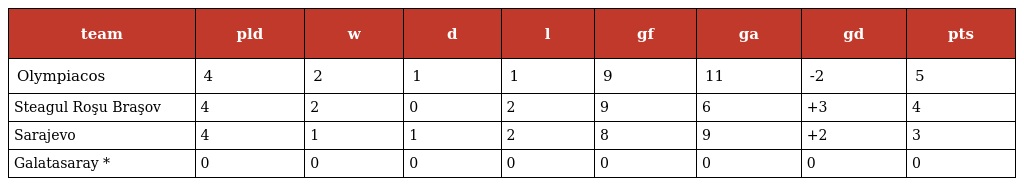
| team | pld | w | d | l | gf | ga | gd | pts |
 | --- | --- | --- | --- | --- | --- | --- | --- | --- |
 | Olympiacos | 4 | 2 | 1 | 1 | 9 | 11 | -2 | 5 |
 | Steagul Roşu Braşov | 4 | 2 | 0 | 2 | 9 | 6 | +3 | 4 |
 | Sarajevo | 4 | 1 | 1 | 2 | 8 | 9 | +2 | 3 |
 | Galatasaray * | 0 | 0 | 0 | 0 | 0 | 0 | 0 | 0 |